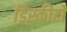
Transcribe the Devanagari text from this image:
डिस्कीटों